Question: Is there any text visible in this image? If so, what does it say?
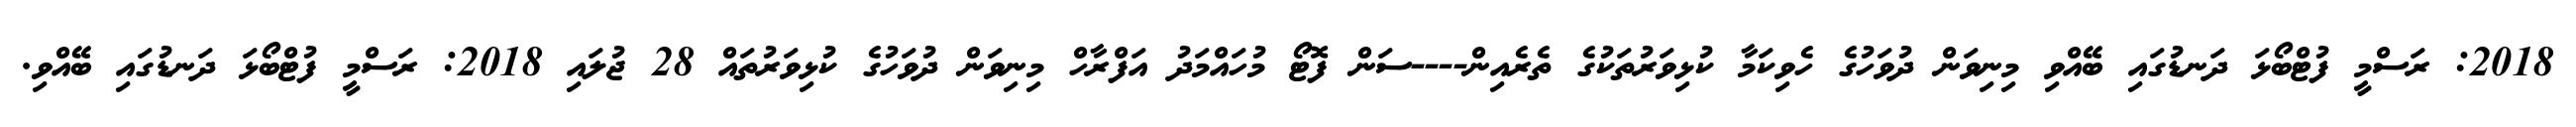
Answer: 2018: ރަސްމީ ފުޓްބޯޅަ ދަނޑުގައި ބޭއްވި މިނިވަން ދުވަހުގެ ހެވިކަމާ ކުޅިވަރުތަކުގެ ތެރެއިން----ސަން ފޮޓޯ މުހައްމަދު އަފްރާހް މިނިވަން ދުވަހުގެ ކުޅިވަރުތައް 28 ޖުލައި 2018: ރަސްމީ ފުޓްބޯޅަ ދަނޑުގައި ބޭއްވި.